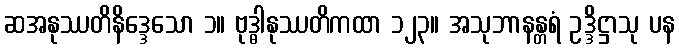
ဆအနုဿတိနိဒ္ဒေသော ၁။ ဗုဒ္ဓါနုဿတိကထာ ၁၂၃။ အသုဘာနန္တရံ ဥဒ္ဒိဋ္ဌာသု ပန